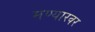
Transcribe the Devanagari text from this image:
मण्यारवर